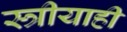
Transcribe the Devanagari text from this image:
स्त्रीयाही